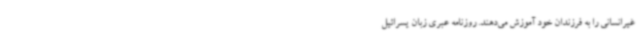
غیرانسانی را به فرزندان خود آموزش می‌دهند. روزنامه عبری زبان یسرائیل